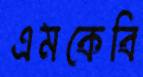
এমকেবি